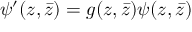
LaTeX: \psi ^ { \prime } ( z , \bar { z } ) = g ( z , \bar { z } ) \psi ( z , \bar { z } )